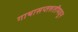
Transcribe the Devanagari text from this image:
गाथासप्तशतीमधून